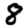
Digit: 8